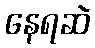
နေရဆဲ